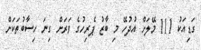
ގަޑިއަކު 111 މޭލަށް އުދުހޭ މި ބާޒު ޕެރިހުގެ ވަރަށް ގިނަ ހިސާބުތަކަށް